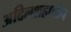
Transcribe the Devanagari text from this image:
अदिलशहाचीच